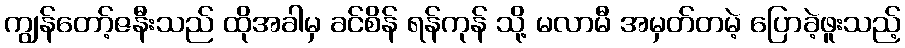
ကျွန်တော့်ဇနီးသည် ထိုအခါမှ ခင်စိန် ရန်ကုန် သို့ မလာမီ အမှတ်တမဲ့ ပြောခဲ့ဖူးသည့်